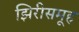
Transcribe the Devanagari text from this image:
झिरीसमूह